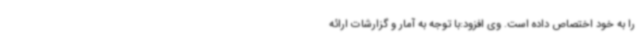
را به خود اختصاص داده است. وی افزود:با توجه به آمار و گزارشات ارائه